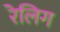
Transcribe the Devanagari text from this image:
रेलिग